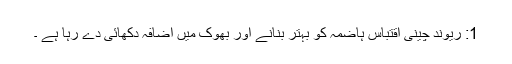
1: ریوند چینی اقتباس ہاضمہ کو بہتر بنانے اور بھوک میں اضافہ دکھائی دے رہا ہے ۔